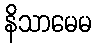
နိသာမေမ